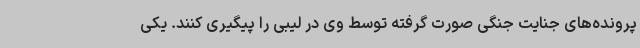
پرونده‌های جنایت جنگی صورت گرفته توسط وی در لیبی را پیگیری کنند. یکی